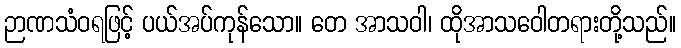
ဉာဏသံဝရဖြင့် ပယ်အပ်ကုန်သော။ တေ အာသဝါ၊ ထိုအာသဝေါတရားတို့သည်။